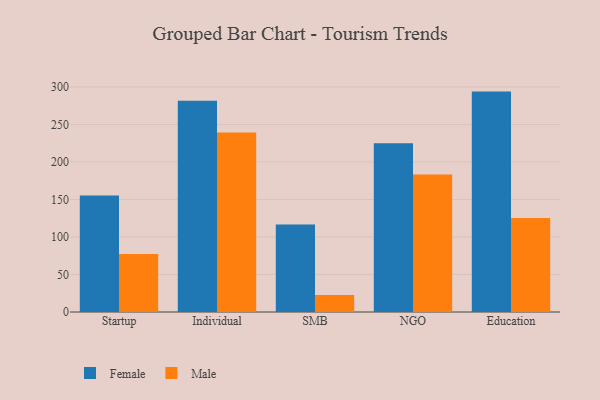
{"axis": {"x": "Segment", "y": "Active Users"}, "legend": ["Female", "Male"], "data": [{"x": "Startup", "y": 155.3, "type": "Female"}, {"x": "Startup", "y": 77.2, "type": "Male"}, {"x": "Individual", "y": 281.7, "type": "Female"}, {"x": "Individual", "y": 239.4, "type": "Male"}, {"x": "SMB", "y": 116.6, "type": "Female"}, {"x": "SMB", "y": 22.8, "type": "Male"}, {"x": "NGO", "y": 224.8, "type": "Female"}, {"x": "NGO", "y": 183.4, "type": "Male"}, {"x": "Education", "y": 293.8, "type": "Female"}, {"x": "Education", "y": 125.2, "type": "Male"}]}